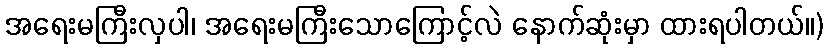
အရေးမကြီးလှပါ၊ အရေးမကြီးသောကြောင့်လဲ နောက်ဆုံးမှာ ထားရပါတယ်။)